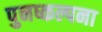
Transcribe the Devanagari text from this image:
पुनष्कल्पना